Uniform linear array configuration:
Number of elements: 12
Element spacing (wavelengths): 0.75
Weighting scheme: uniform
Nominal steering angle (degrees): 30
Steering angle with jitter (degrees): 31.77
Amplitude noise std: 0.05
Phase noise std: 0.05

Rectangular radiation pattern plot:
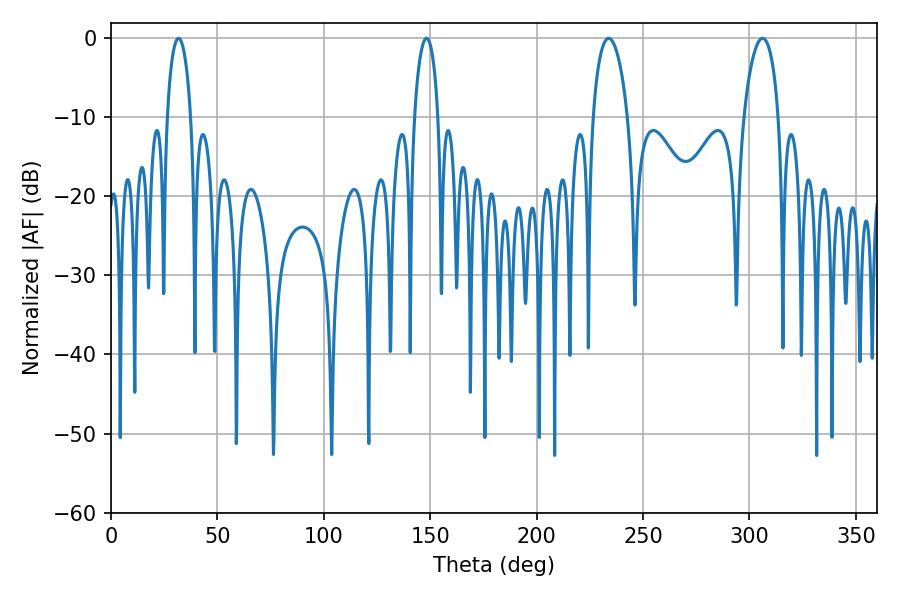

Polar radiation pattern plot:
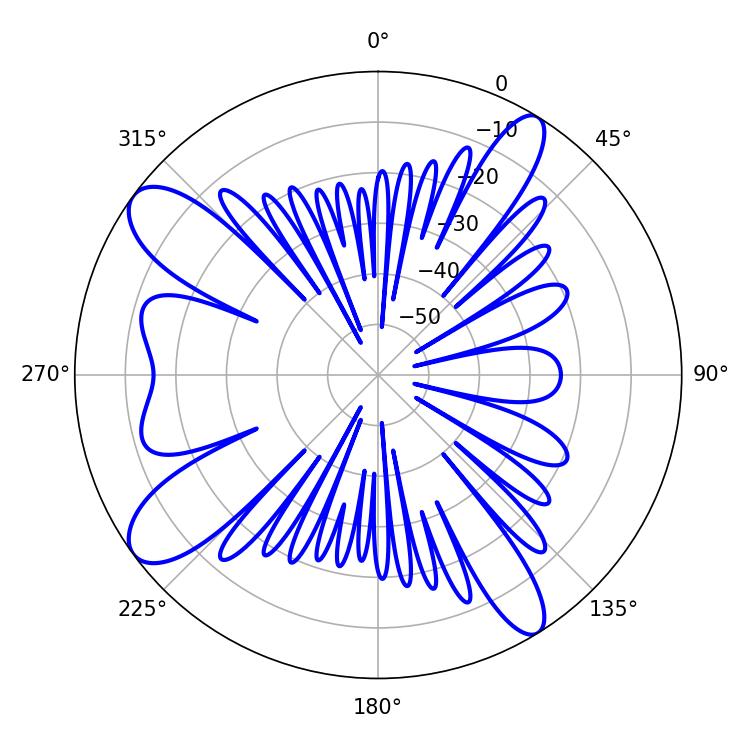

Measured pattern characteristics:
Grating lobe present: TRUE
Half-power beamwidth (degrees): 9.18
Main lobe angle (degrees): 233.82